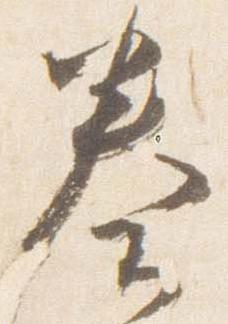
奏